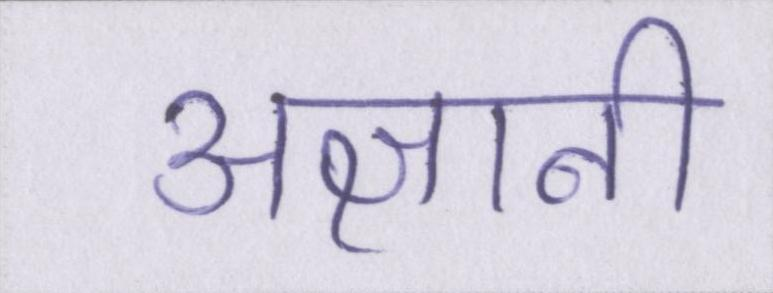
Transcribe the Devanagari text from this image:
अज्ञानी